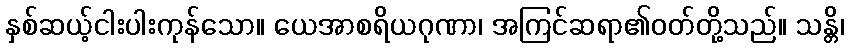
နှစ်ဆယ့်ငါးပါးကုန်သော။ ယေအာစရိယဂုဏာ၊ အကြင်ဆရာ၏ဝတ်တို့သည်။ သန္တိ၊